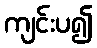
ကျင်းပ၍